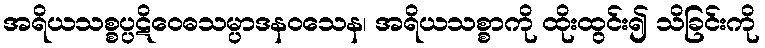
အရိယသစ္စပ္ပဋိဝေဓသမ္ပာဒနဝသေန၊ အရိယသစ္စာကို ထိုးထွင်း၍ သိခြင်းကို